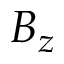
B _ { z }